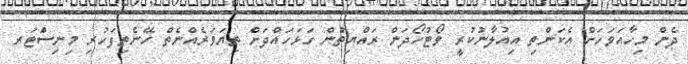
ދެން މިހާއަވަހަށް އެކަންތި އިއުލާނުކުރީ ވޯޓުހޯދަން ރައްޔިތުން ގަޅަހައްދަށް ތިޔަވަރެއްނެތް ހޭނެތިފަހުރި މިނިސަްޓަރ